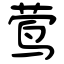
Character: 莺